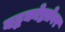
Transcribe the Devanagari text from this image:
बद्धकोष्ठतेवर